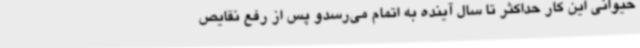
حیوانی این کار حداکثر تا سال آینده به اتمام می‌رسدو پس از رفع نقایص